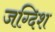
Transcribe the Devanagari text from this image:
जग्दिश